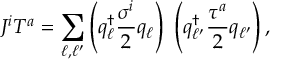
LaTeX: J ^ { i } T ^ { a } = \sum _ { \ell , \ell ^ { \prime } } \left( q _ { \ell } ^ { \dagger } { \frac { \sigma ^ { i } } { 2 } } q _ { \ell } \right) \ \left( q _ { \ell ^ { \prime } } ^ { \dagger } { \frac { \tau ^ { a } } { 2 } } q _ { \ell ^ { \prime } } \right) ,